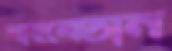
মাহমেডান